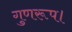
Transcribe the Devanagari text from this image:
गुणरूप।